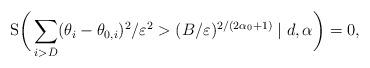
LaTeX: \begin{align*}\mathrm{S} \bigg{(}\sum_{i>\bar{D}} (\theta_{i}-\theta_{0,i})^{2} / \varepsilon^{2} > ( B / \varepsilon )^{2/(2\alpha_{0}+1)} \mid d, \alpha\bigg{)}=0,\end{align*}